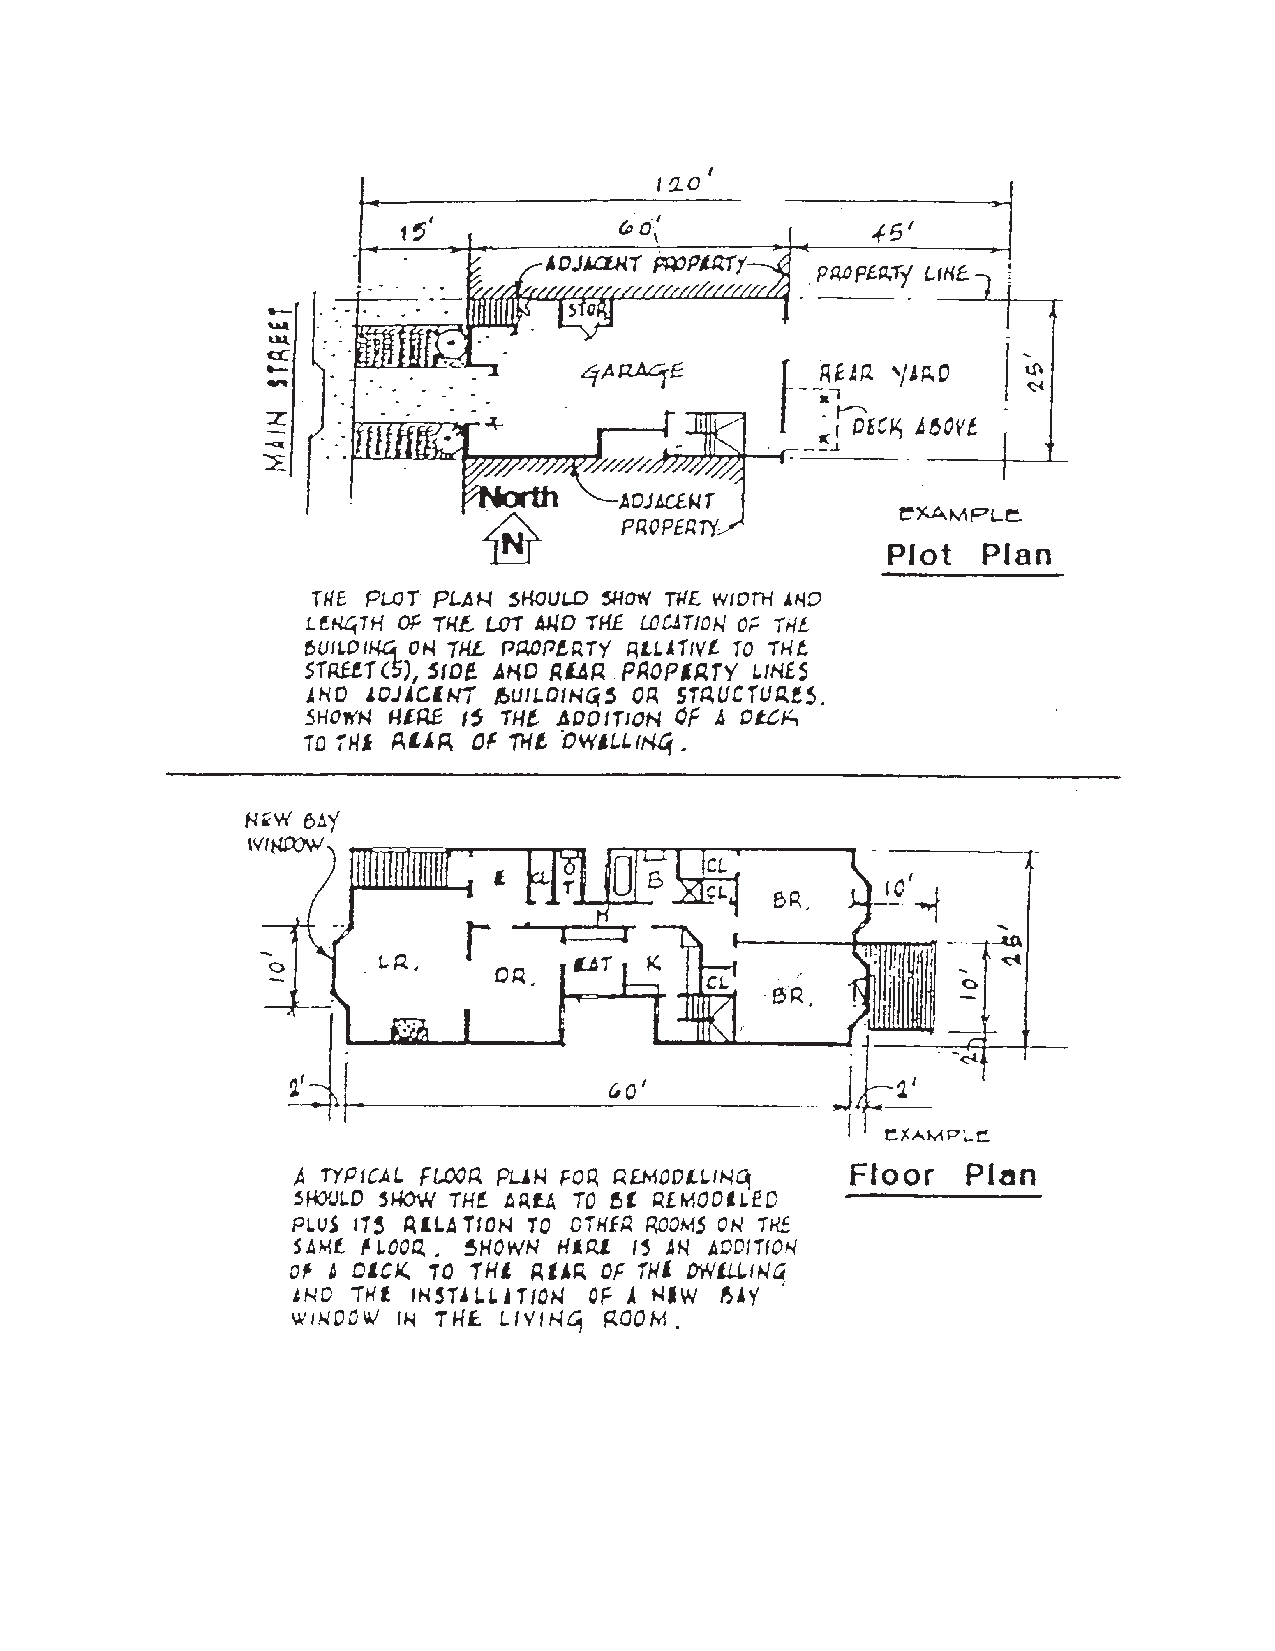
TABLE OF CONTENTS
 I. The Building Permit Process/Local Requirements           Pages
 When is a Permit Required?....................................................................................... 1 - 2
 Step 1
 What is the Permit Process?....................................................................................... 3
 Step 2
 How To Apply For a Building Permit......................................................................... 4
 What is Permit Coordination Division?.......................................................... 4
 What is Self-Service Permit?.......................................................................... 5
 What is Over-The-Counter Permit?................................................................. 5
 What is a Site Permit?..................................................................................... 5
 What is an Addendum?................................................................................... 5
 What Fees Will be Required?.......................................................................... 6
 What Happens If I Have Problems
 With the Permit Process?....................................................................... 6
 How is the Permit Issued?.............................................................................. 7
 What is Express Permit Service?.................................................................... 7
 May I Appeal Any Decisions Made About My Building Permit?................. 7
 Step 3
 Find out if Building Plans are Required.................................................................... 8
 When are Neighborhood Notifications Required?......................................... 8
 Do I Need an Engineer or Architect?............................................................. 9
 Do I Need a Pre-application Meeting?........................................................... 9
 May I Do the Work Myself?........................................................................... 9
 Step 4
 What Other Permits May Be Required?.................................................................... 10
 Is My Project Affected by Non-local Agencies?............................................ 10
 When is a Demolition Permit Required?........................................................ 10
 When are Mechanical, Electrical and Plumbing
 Permits Required?............................................... 10-12